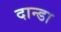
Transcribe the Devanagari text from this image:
दान्डा